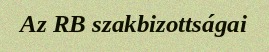
Az RB szakbizottságai